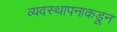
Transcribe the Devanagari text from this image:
व्यवस्थापनाकडून